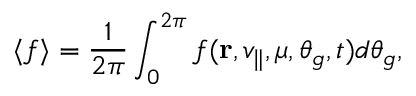
\langle f \rangle = \frac { 1 } { 2 \pi } \int _ { 0 } ^ { 2 \pi } f ( \mathbf { r } , v _ { \parallel } , \mu , \theta _ { g } , t ) d \theta _ { g } ,